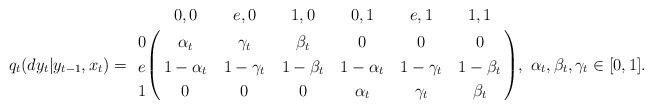
LaTeX: \begin{align*}q_t(dy_t|y_{t-1},x_t)=\bordermatrix{&0,0&e,0&1,0&0,1&e,1&1,1\cr 0&\alpha_t&\gamma_t&\beta_t&0&0&0\cr e&1-\alpha_t&1-\gamma_t&1-\beta_t&1-\alpha_t&1-\gamma_t&1-\beta_t\cr 1&0&0&0&\alpha_t&\gamma_t&\beta_t\cr},~ \alpha_t, \beta_t, \gamma_t\in[0,1].\end{align*}